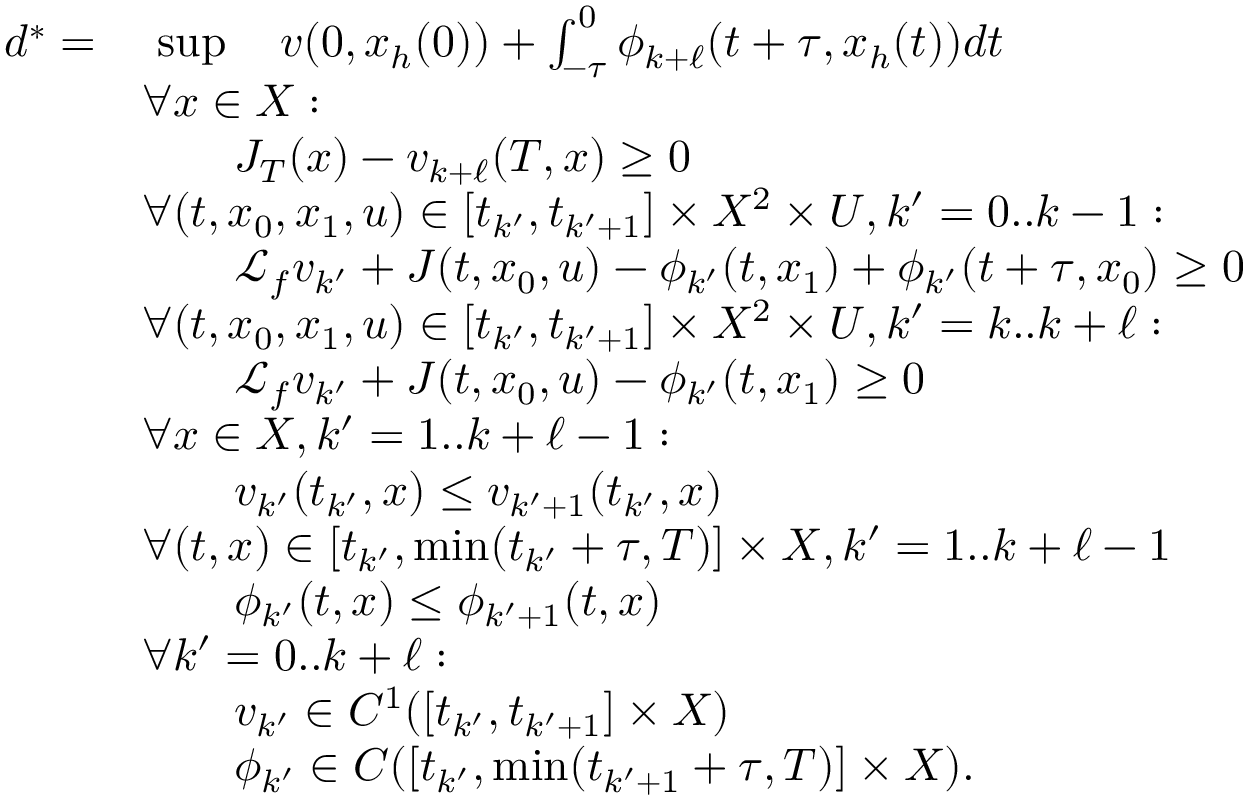
\begin{array} { r l r l } { d ^ { * } = } & { \ \operatorname* { s u p } \quad v ( 0 , x _ { h } ( 0 ) ) + \textstyle \textstyle \int _ { - \tau } ^ { 0 } \phi _ { k + \ell } ( t + \tau , x _ { h } ( t ) ) d t } & \\ & { \forall x \in X : } \\ & { \qquad J _ { T } ( x ) - v _ { k + \ell } ( T , x ) \geq 0 } \\ & { \forall ( t , x _ { 0 } , x _ { 1 } , u ) \in [ t _ { k ^ { \prime } } , t _ { k ^ { \prime } + 1 } ] \times X ^ { 2 } \times U , k ^ { \prime } = 0 . . k - 1 : } \\ & { \qquad \mathcal { L } _ { f } v _ { k ^ { \prime } } + J ( t , x _ { 0 } , u ) - \phi _ { k ^ { \prime } } ( t , x _ { 1 } ) + \phi _ { k ^ { \prime } } ( t + \tau , x _ { 0 } ) \geq 0 } \\ & { \forall ( t , x _ { 0 } , x _ { 1 } , u ) \in [ t _ { k ^ { \prime } } , t _ { k ^ { \prime } + 1 } ] \times X ^ { 2 } \times U , k ^ { \prime } = k . . k + \ell : } \\ & { \qquad \mathcal { L } _ { f } v _ { k ^ { \prime } } + J ( t , x _ { 0 } , u ) - \phi _ { k ^ { \prime } } ( t , x _ { 1 } ) \geq 0 } \\ & { \forall x \in X , k ^ { \prime } = 1 . . k + \ell - 1 : } \\ & { \qquad v _ { k ^ { \prime } } ( t _ { k ^ { \prime } } , x ) \leq v _ { k ^ { \prime } + 1 } ( t _ { k ^ { \prime } } , x ) } \\ & { \forall ( t , x ) \in [ t _ { k ^ { \prime } } , \operatorname* { m i n } ( t _ { k ^ { \prime } } + \tau , T ) ] \times X , k ^ { \prime } = 1 . . k + \ell - 1 } \\ & { \qquad \phi _ { k ^ { \prime } } ( t , x ) \leq \phi _ { k ^ { \prime } + 1 } ( t , x ) } \\ & { \forall k ^ { \prime } = 0 . . k + \ell : } \\ & { \qquad v _ { k ^ { \prime } } \in C ^ { 1 } ( [ t _ { k ^ { \prime } } , t _ { k ^ { \prime } + 1 } ] \times X ) } & & { } \\ & { \qquad \phi _ { k ^ { \prime } } \in C ( [ t _ { k ^ { \prime } } , \operatorname* { m i n } ( t _ { k ^ { \prime } + 1 } + \tau , T ) ] \times X ) . } \end{array}